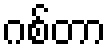
ဂစ်တာ